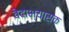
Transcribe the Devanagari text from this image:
वेदाभ्यासक